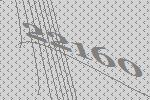
22160